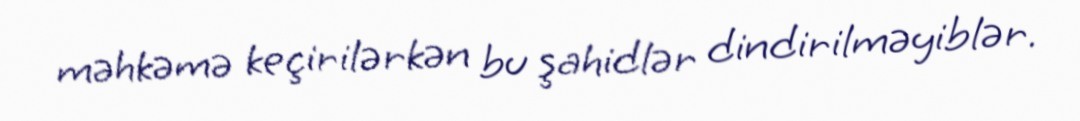
məhkəmə keçirilərkən bu şahidlər dindirilməyiblər.